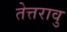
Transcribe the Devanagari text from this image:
तेत्तरावु